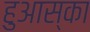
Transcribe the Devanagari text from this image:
हुआस्का